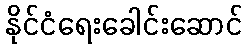
နိုင်ငံရေးခေါင်းဆောင်